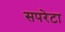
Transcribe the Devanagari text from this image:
सपरेटा